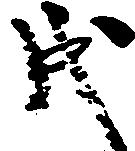
戌